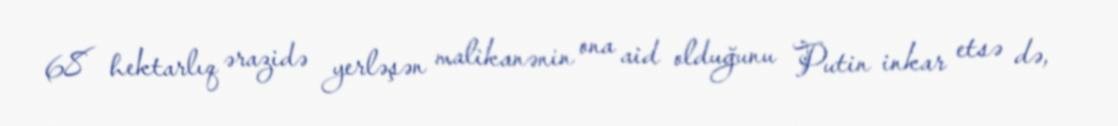
68 hektarlıq ərazidə yerləşən malikanənin ona aid olduğunu Putin inkar etsə də,